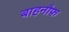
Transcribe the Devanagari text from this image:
बाहनौफ